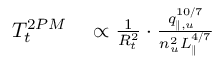
\begin{array} { r l } { T _ { t } ^ { 2 P M } } & { { } \propto \frac { 1 } { R _ { t } ^ { 2 } } \cdot \frac { q _ { \parallel , u } ^ { 1 0 / 7 } } { n _ { u } ^ { 2 } L _ { \parallel } ^ { 4 / 7 } } } \end{array}